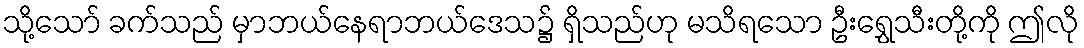
သို့သော် ခက်သည် မှာဘယ်နေရာဘယ်ဒေသ၌ ရှိသည်ဟု မသိရသော ဦးရွှေသီးတို့ကို ဤလို